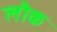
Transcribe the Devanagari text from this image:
लौक